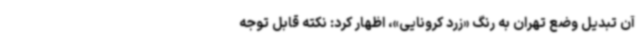
آن تبدیل وضع تهران به رنگ «زرد کرونایی»، اظهار کرد: نکته قابل توجه